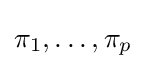
\pi _{1},\ldots ,\pi _{p}